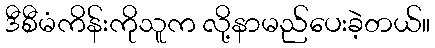
ဒီစီမံကိန်းကိုသူက လို့နာမည်ပေးခဲ့တယ်။